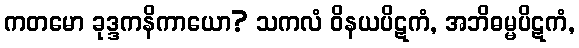
ကတမော ခုဒ္ဒကနိကာယော? သကလံ ဝိနယပိဋကံ, အဘိဓမ္မပိဋကံ,